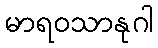
မာရဝသာနုဂါ